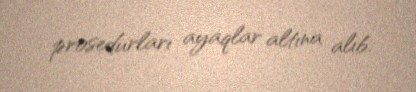
prosedurları ayaqlar altına alıb.